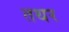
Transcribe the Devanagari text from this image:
तथर